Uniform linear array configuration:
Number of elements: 48
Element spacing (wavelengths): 1
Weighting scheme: binomial
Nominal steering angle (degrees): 0
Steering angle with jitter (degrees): -1.302
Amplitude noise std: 0.05
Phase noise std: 0.05

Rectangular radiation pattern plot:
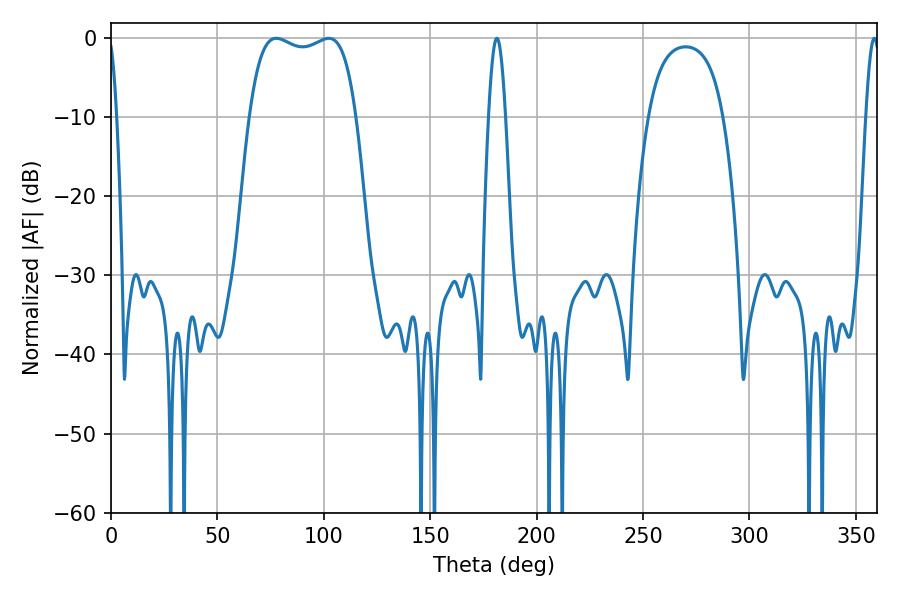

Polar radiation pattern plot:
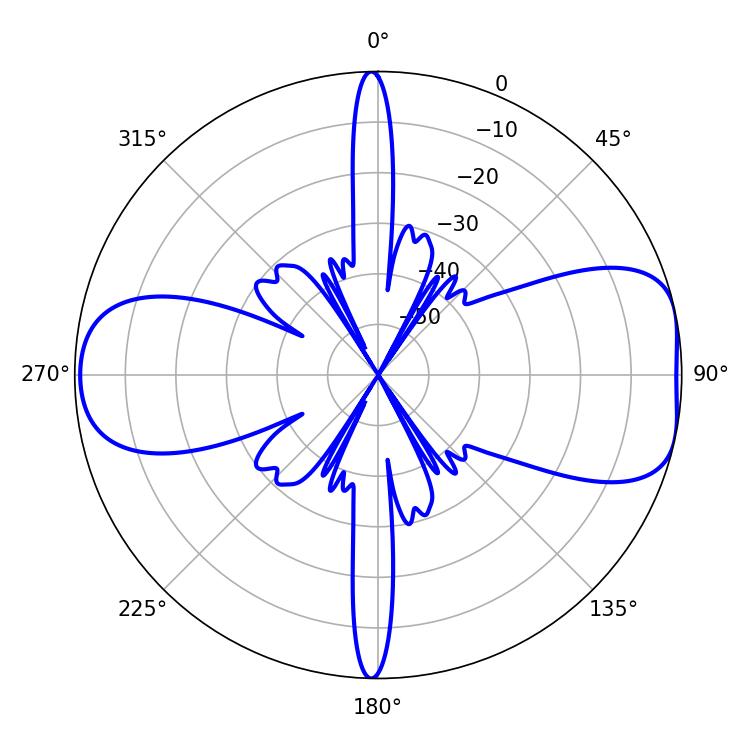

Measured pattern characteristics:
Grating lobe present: TRUE
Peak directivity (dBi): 7.958
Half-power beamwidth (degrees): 40.32
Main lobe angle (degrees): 77.58